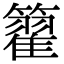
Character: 籊